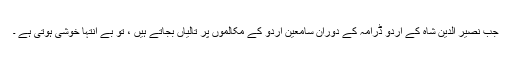
جب نصیر الدین شاہ کے اردو ڈرامہ کے دوران سامعین اردو کے مکالموں پر تالیاں بجاتے ہیں ، تو بے انتہا خوشی ہوتی ہے ۔